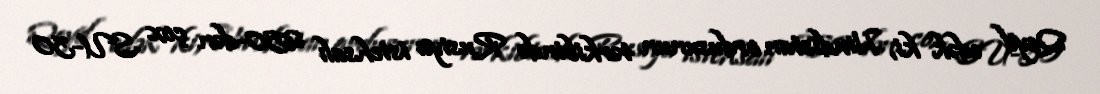
Qeyd edək ki, Hindistan ordusunun tərkibində Rusiya istehsalı 250-dən çox SU-30